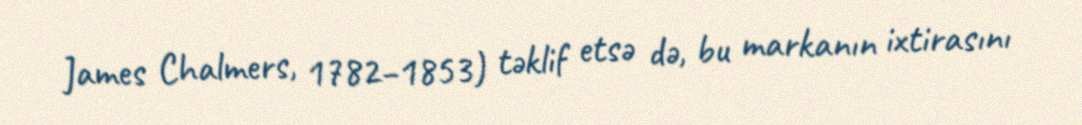
James Chalmers, 1782−1853) təklif etsə də, bu markanın ixtirasını